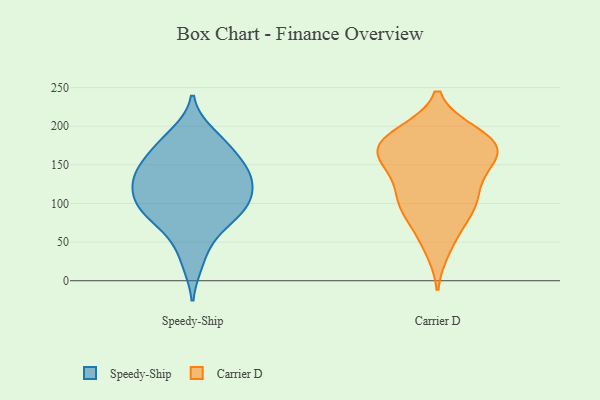
{"axis": {"x": "Production Output", "y": "Value"}, "legend": ["Carrier D", "Speedy-Ship"], "data": [{"x": "", "y": 154, "type": "Speedy-Ship"}, {"x": "", "y": 97, "type": "Speedy-Ship"}, {"x": "", "y": 137, "type": "Speedy-Ship"}, {"x": "", "y": 97, "type": "Speedy-Ship"}, {"x": "", "y": 190, "type": "Speedy-Ship"}, {"x": "", "y": 132, "type": "Speedy-Ship"}, {"x": "", "y": 79, "type": "Speedy-Ship"}, {"x": "", "y": 116, "type": "Speedy-Ship"}, {"x": "", "y": 172, "type": "Speedy-Ship"}, {"x": "", "y": 179, "type": "Speedy-Ship"}, {"x": "", "y": 99, "type": "Speedy-Ship"}, {"x": "", "y": 24, "type": "Speedy-Ship"}, {"x": "", "y": 85, "type": "Speedy-Ship"}, {"x": "", "y": 138, "type": "Speedy-Ship"}, {"x": "", "y": 148, "type": "Speedy-Ship"}, {"x": "", "y": 119, "type": "Speedy-Ship"}, {"x": "", "y": 57, "type": "Speedy-Ship"}, {"x": "", "y": 191, "type": "Carrier D"}, {"x": "", "y": 186, "type": "Carrier D"}, {"x": "", "y": 93, "type": "Carrier D"}, {"x": "", "y": 140, "type": "Carrier D"}, {"x": "", "y": 109, "type": "Carrier D"}, {"x": "", "y": 166, "type": "Carrier D"}, {"x": "", "y": 172, "type": "Carrier D"}, {"x": "", "y": 185, "type": "Carrier D"}, {"x": "", "y": 164, "type": "Carrier D"}, {"x": "", "y": 89, "type": "Carrier D"}, {"x": "", "y": 59, "type": "Carrier D"}, {"x": "", "y": 189, "type": "Carrier D"}, {"x": "", "y": 106, "type": "Carrier D"}, {"x": "", "y": 157, "type": "Carrier D"}, {"x": "", "y": 129, "type": "Carrier D"}, {"x": "", "y": 158, "type": "Carrier D"}, {"x": "", "y": 170, "type": "Carrier D"}, {"x": "", "y": 98, "type": "Carrier D"}, {"x": "", "y": 42, "type": "Carrier D"}]}